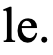
le.